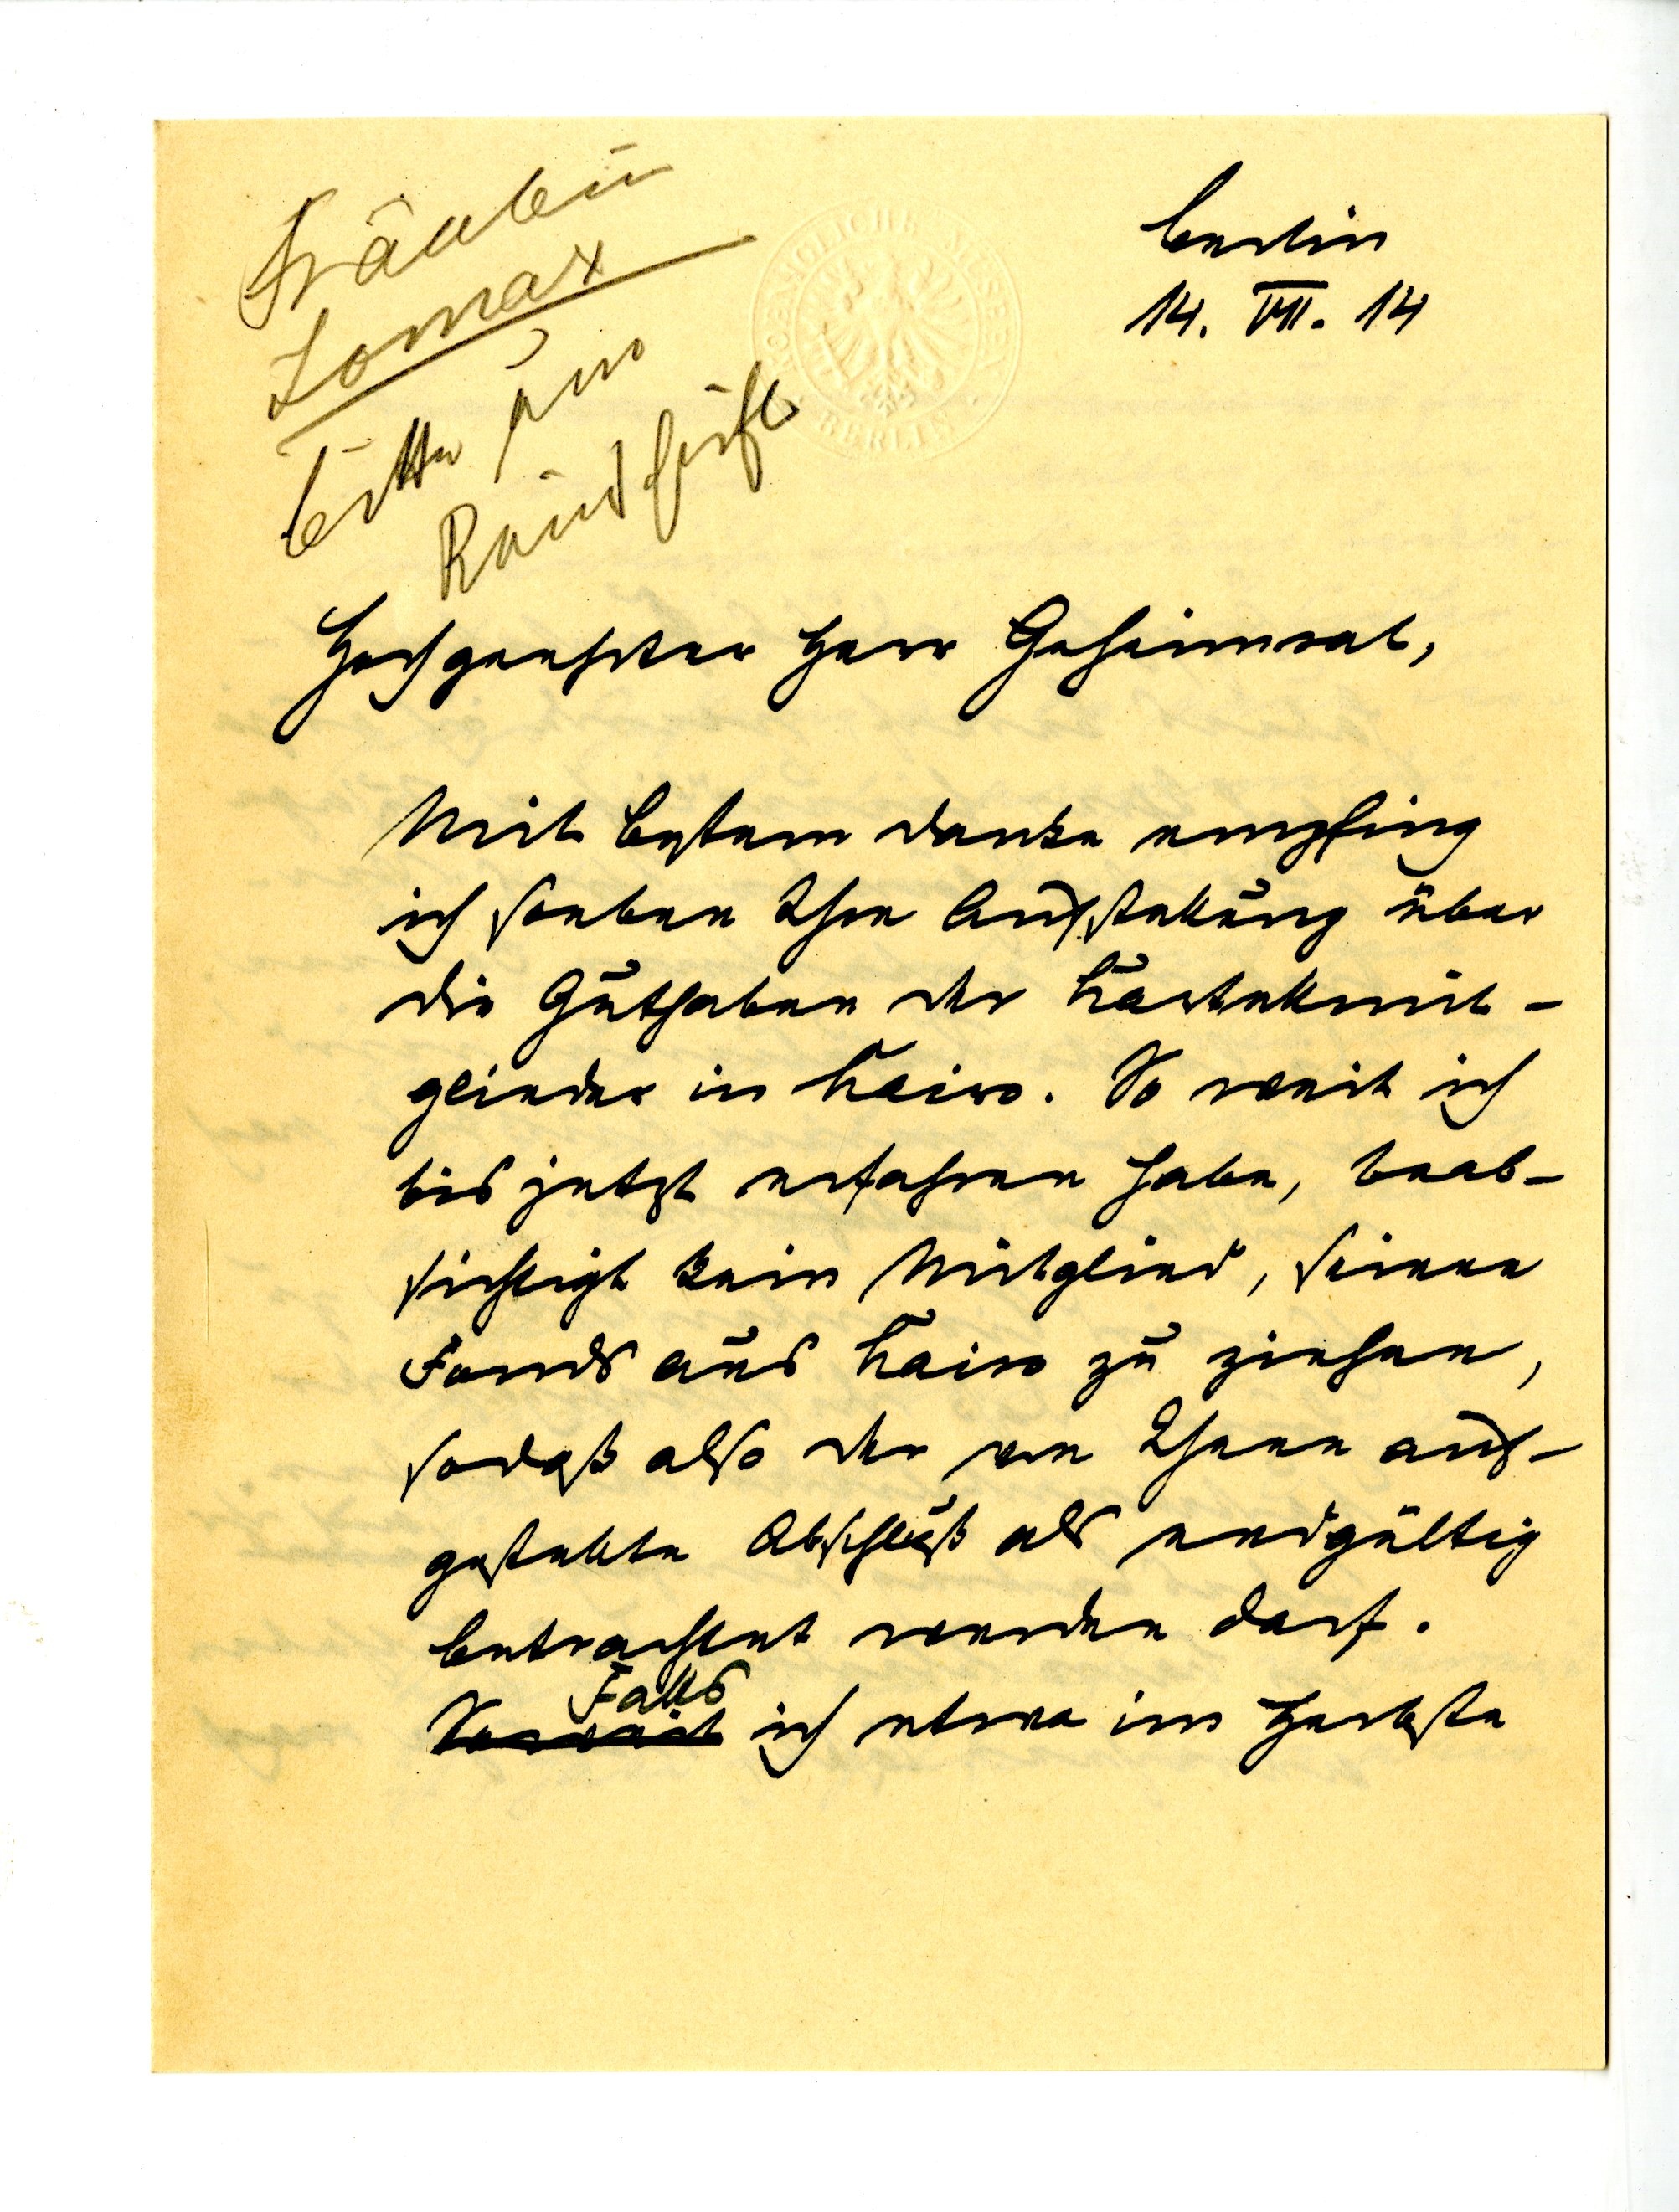
Berlin
14. VII. 14
Sehr geehrter Herr Geheimrat,
Mit bestem Danke empfing
ich soeben Ihre Aufstellung über
die Guthaben der Kartellmit¬
glieder in Kairo. So weit ich
bis jetzt erfahren habe, beab¬
sichtigt kein Mitglied, seinen
Fonds aus Kairo zu ziehen,
sodaß also der von Ihnen auf¬
gestellte Abschluß als entgültig
betrachtet werden darf.
Falls
ich etwa im Herbste